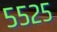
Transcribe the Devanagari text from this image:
५५२५